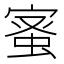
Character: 𮔉